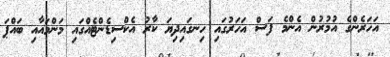
އަހަރެންގެ އުމުރުން އެންމެ ފަސް އަހަރުގައި ހިނގައިދިޔަ ކާރު އެކްސިޑެންޓެއްގައި މަންމައާއި ބައްޕަ